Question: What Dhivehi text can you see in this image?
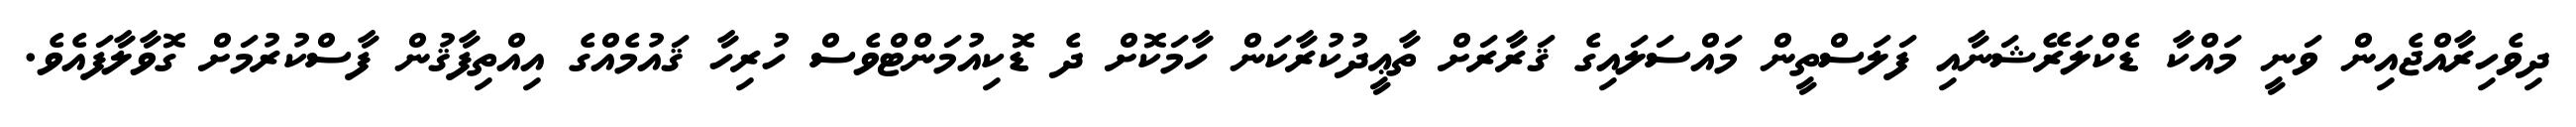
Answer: ދިވެހިރާއްޖެއިން ވަނީ މައްކާ ޑެކްލަރޭޝަނާއި ފަލަސްތީން މައްސަލައިގެ ޤަރާރަށް ތާޢީދުކުރާކަން ހާމަކޮށް ދެ ޑޮކިއުމަންޓްވެސް ހުރިހާ ޤައުމެއްގެ އިއްތިފާޤުން ފާސްކުރުމަށް ގޮވާލާފައެވެ.